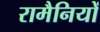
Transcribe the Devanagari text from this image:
रामैनियों